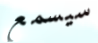
سيسمع